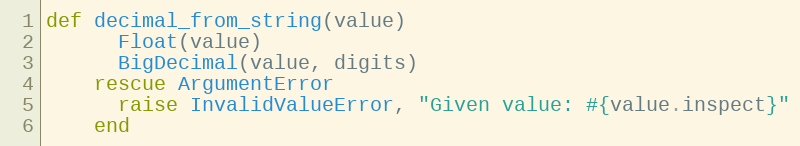
Language: Ruby
def decimal_from_string(value)
      Float(value)
      BigDecimal(value, digits)
    rescue ArgumentError
      raise InvalidValueError, "Given value: #{value.inspect}"
    end